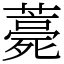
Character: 薧